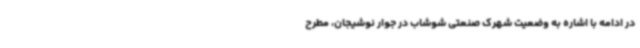
در ادامه با اشاره به وضعیت شهرک صنعتی شوشاب در جوار نوشیجان، مطرح